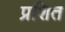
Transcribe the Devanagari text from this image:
प्रशित